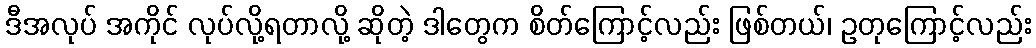
ဒီအလုပ် အကိုင် လုပ်လို့ရတာလို့ ဆိုတဲ့ ဒါတွေက စိတ်ကြောင့်လည်း ဖြစ်တယ်၊ ဥတုကြောင့်လည်း